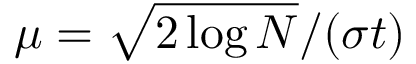
\mu = \sqrt { 2 \log N } / ( \sigma t )